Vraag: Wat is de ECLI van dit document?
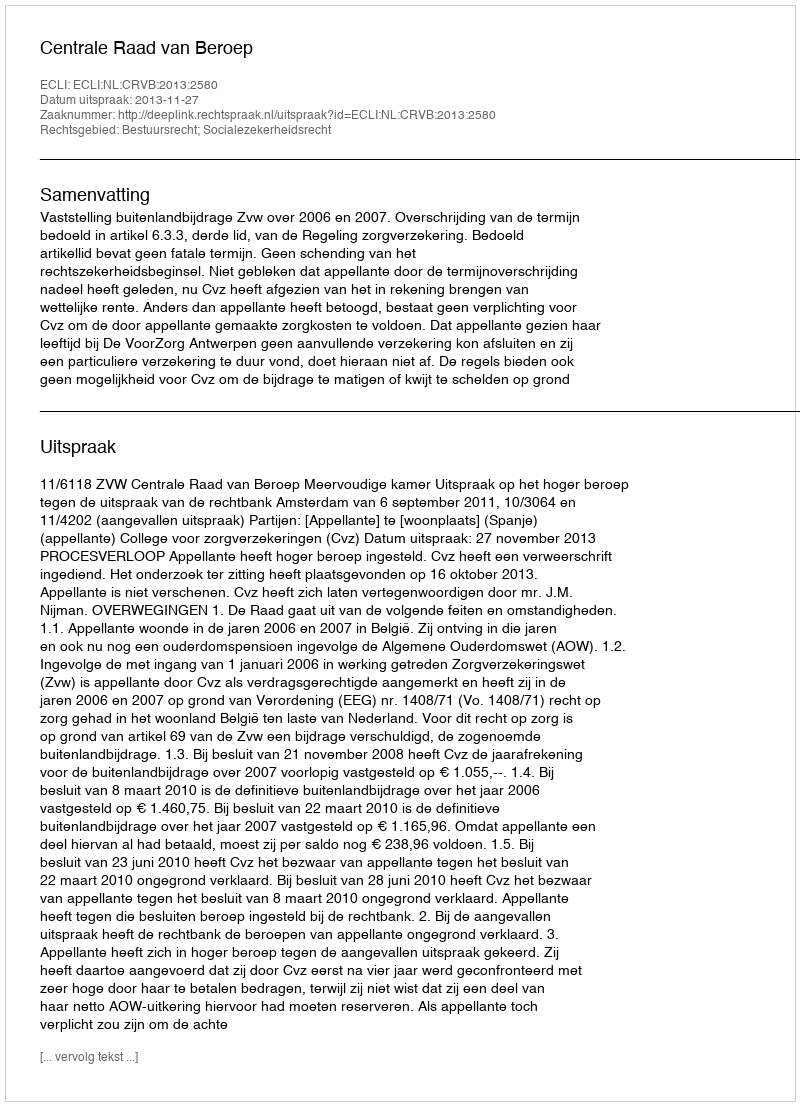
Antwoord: ECLI:NL:CRVB:2013:2580